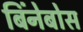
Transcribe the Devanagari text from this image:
बिंनेबोस